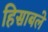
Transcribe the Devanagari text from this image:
हिसाबले